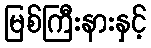
မြစ်ကြီးနားနှင့်